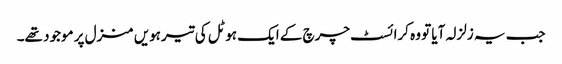
جب یہ زلزلہ آیا تو وہ کرائسٹ چرچ کے ایک ہوٹل کی تیرہویں منزل پر موجود تھے۔